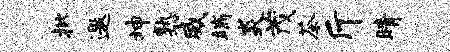
批邀坤熟威端炎茂茶斤睛